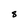
Character: 8